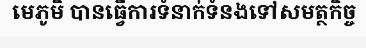
មេភូមិ បានធ្វើការទំនាក់ទំនងទៅសមត្ថកិច្ច